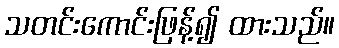
သတင်းကောင်းဖြန့်၍ ထားသည်။